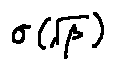
\sigma ( \sqrt { \beta } )